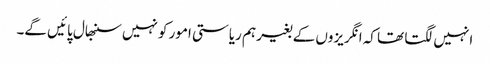
انہیں لگتا تھا کہ انگریزوں کے بغیر ہم ریاستی امور کو نہیں سنبھال پائیں گے۔